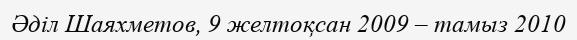
Әділ Шаяхметов, 9 желтоқсан 2009 – тамыз 2010